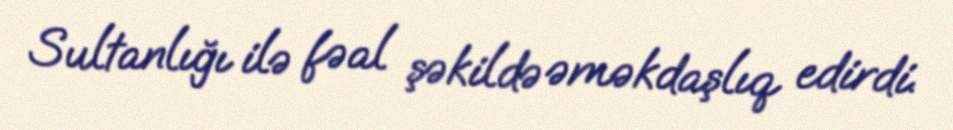
Sultanlığı ilə fəal şəkildə əməkdaşlıq edirdi.